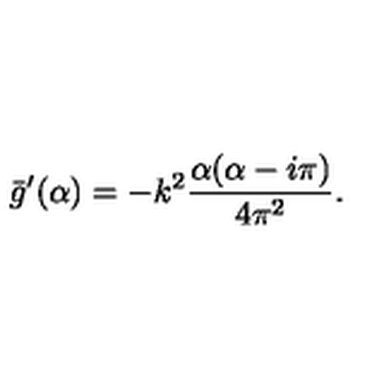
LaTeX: \bar { g } ^ { \prime } ( \alpha ) = - k ^ { 2 } { \frac { \alpha ( \alpha - i \pi ) } { 4 \pi ^ { 2 } } } .